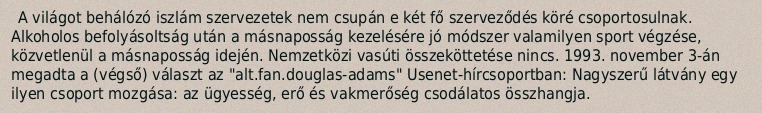
A világot behálózó iszlám szervezetek nem csupán e két fő szerveződés köré csoportosulnak. Alkoholos befolyásoltság után a másnaposság kezelésére jó módszer valamilyen sport végzése, közvetlenül a másnaposság idején. Nemzetközi vasúti összeköttetése nincs. 1993. november 3-án megadta a (végső) választ az "alt.fan.douglas-adams" Usenet-hírcsoportban: Nagyszerű látvány egy ilyen csoport mozgása: az ügyesség, erő és vakmerőség csodálatos összhangja.